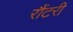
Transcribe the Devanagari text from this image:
रौंटरी